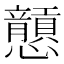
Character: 𢥮